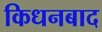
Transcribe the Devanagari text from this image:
किधनबाद